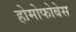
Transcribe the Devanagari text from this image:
होमोफोबेस